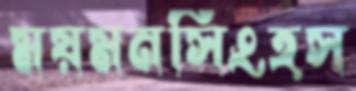
ময়মনসিংহস